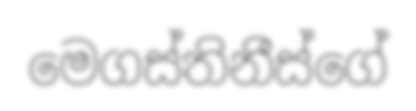
මෙගස්තිනීස්ගේ